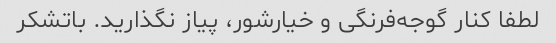
لطفا کنار گوجه‌فرنگی و خیارشور، پیاز نگذارید. باتشکر